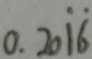
0 . 2 0 \dot { 1 } \dot { 6 }